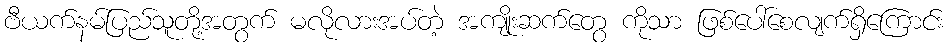
ဗီယက်နမ်ပြည်သူတို့အတွက် မလိုလားအပ်တဲ့ အကျိုးဆက်တွေ ကိုသာ ဖြစ်ပေါ်စေလျက်ရှိကြောင်း